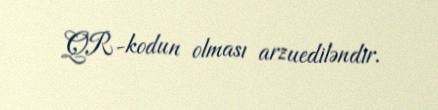
QR-kodun olması arzuediləndir.